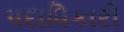
પદાધિકારી